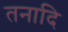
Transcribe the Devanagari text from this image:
तनादि